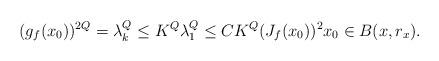
LaTeX: \begin{align*}(g_f(x_0))^{2Q}&=\lambda_k^Q\leq K^Q\lambda_1^Q\leq CK^Q(J_f(x_0))^2 x_0\in B(x,r_x).\end{align*}